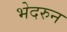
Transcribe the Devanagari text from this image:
भेदरुन